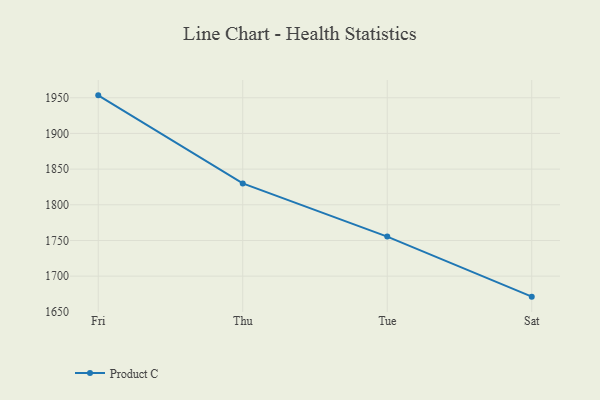
{"axis": {"x": "Day", "y": "Bounce Rate (%)"}, "legend": ["Product C"], "data": [{"x": "Fri", "y": 1953.4, "type": "Product C"}, {"x": "Thu", "y": 1830.0, "type": "Product C"}, {"x": "Tue", "y": 1755.5, "type": "Product C"}, {"x": "Sat", "y": 1671.3, "type": "Product C"}]}